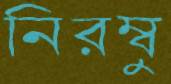
নিরম্বু